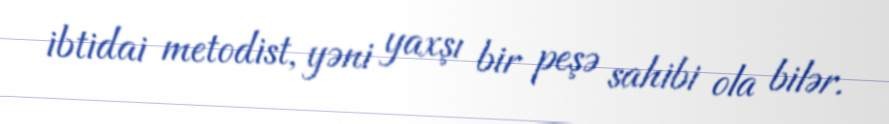
ibtidai metodist, yəni yaxşı bir peşə sahibi ola bilər.